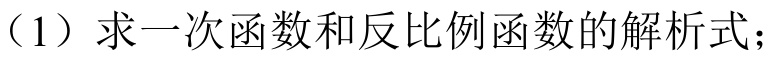
(1) 求一次函数和反比例函数的解析式；